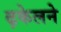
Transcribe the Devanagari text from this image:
ढ़केलने